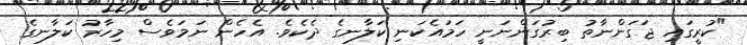
"ކުރީގައި ޖަގަންނާތު ބިރުގަންނަނީ ހަމައެކަނި ކަލާނގެ ދެކެވެ. އެހެން ނަމަވެސް މިހާރު ކަލާނގެ